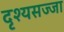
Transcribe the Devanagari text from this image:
दृश्यसज्जा